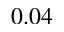
0 . 0 4